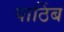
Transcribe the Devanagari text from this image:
पाठिंब